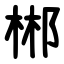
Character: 郴